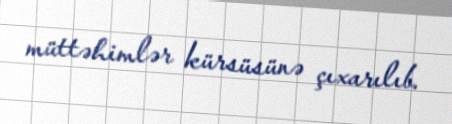
müttəhimlər kürsüsünə çıxarılıb.